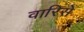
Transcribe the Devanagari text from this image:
वारिसे